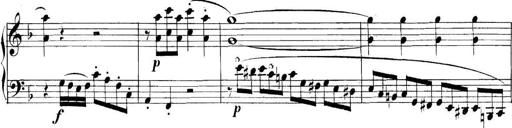
Title: Collected Piano Sonatas
Composer: Muzio Clementi